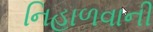
નિહાળવાની